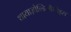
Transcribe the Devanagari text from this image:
थायाज़ोल्डिनीयोड्स